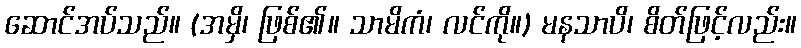
ဆောင်အပ်သည်။ (အမှိ၊ ဖြစ်၏။ သာမိကံ၊ လင်ကို။) မနသာပိ၊ စိတ်ဖြင့်လည်း။